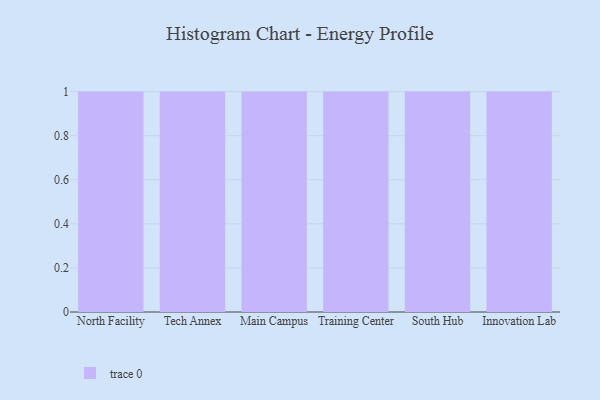
{"axis": {"x": "Campus", "y": "Shipments"}, "legend": [""], "data": [{"x": "North Facility", "y": 51, "type": ""}, {"x": "Tech Annex", "y": 82, "type": ""}, {"x": "Main Campus", "y": 58, "type": ""}, {"x": "Training Center", "y": 41, "type": ""}, {"x": "South Hub", "y": 62, "type": ""}, {"x": "Innovation Lab", "y": 31, "type": ""}]}